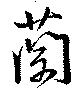
蘭